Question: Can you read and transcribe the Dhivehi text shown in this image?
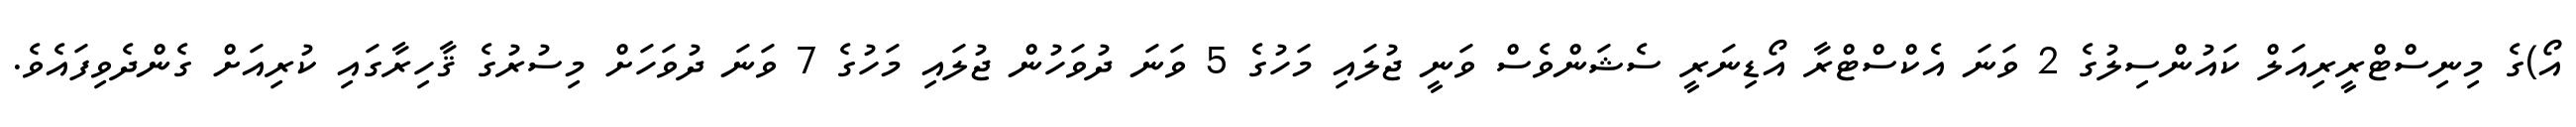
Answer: އޯ)ގެ މިނިސްޓްރީރިއަލް ކައުންސިލުގެ 2 ވަނަ އެކްސްޓްރާ އޯޑިނަރީ ސެޝަންވެސް ވަނީ ޖުލައި މަހުގެ 5 ވަނަ ދުވަހުން ޖުލައި މަހުގެ 7 ވަނަ ދުވަހަށް މިސުރުގެ ޤާހިރާގައި ކުރިއަށް ގެންދެވިފައެވެ.